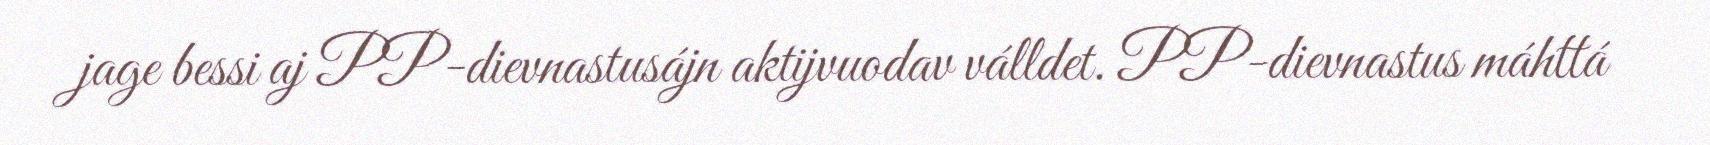
jage bessi aj PP-dievnastusájn aktijvuodav válldet. PP-dievnastus máhttá